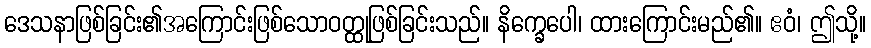
ဒေသနာဖြစ်ခြင်း၏အကြောင်းဖြစ်သောဝတ္ထုဖြစ်ခြင်းသည်။ နိက္ခေပေါ၊ ထားကြောင်းမည်၏။ ဧဝံ၊ ဤသို့။